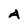
Character: A